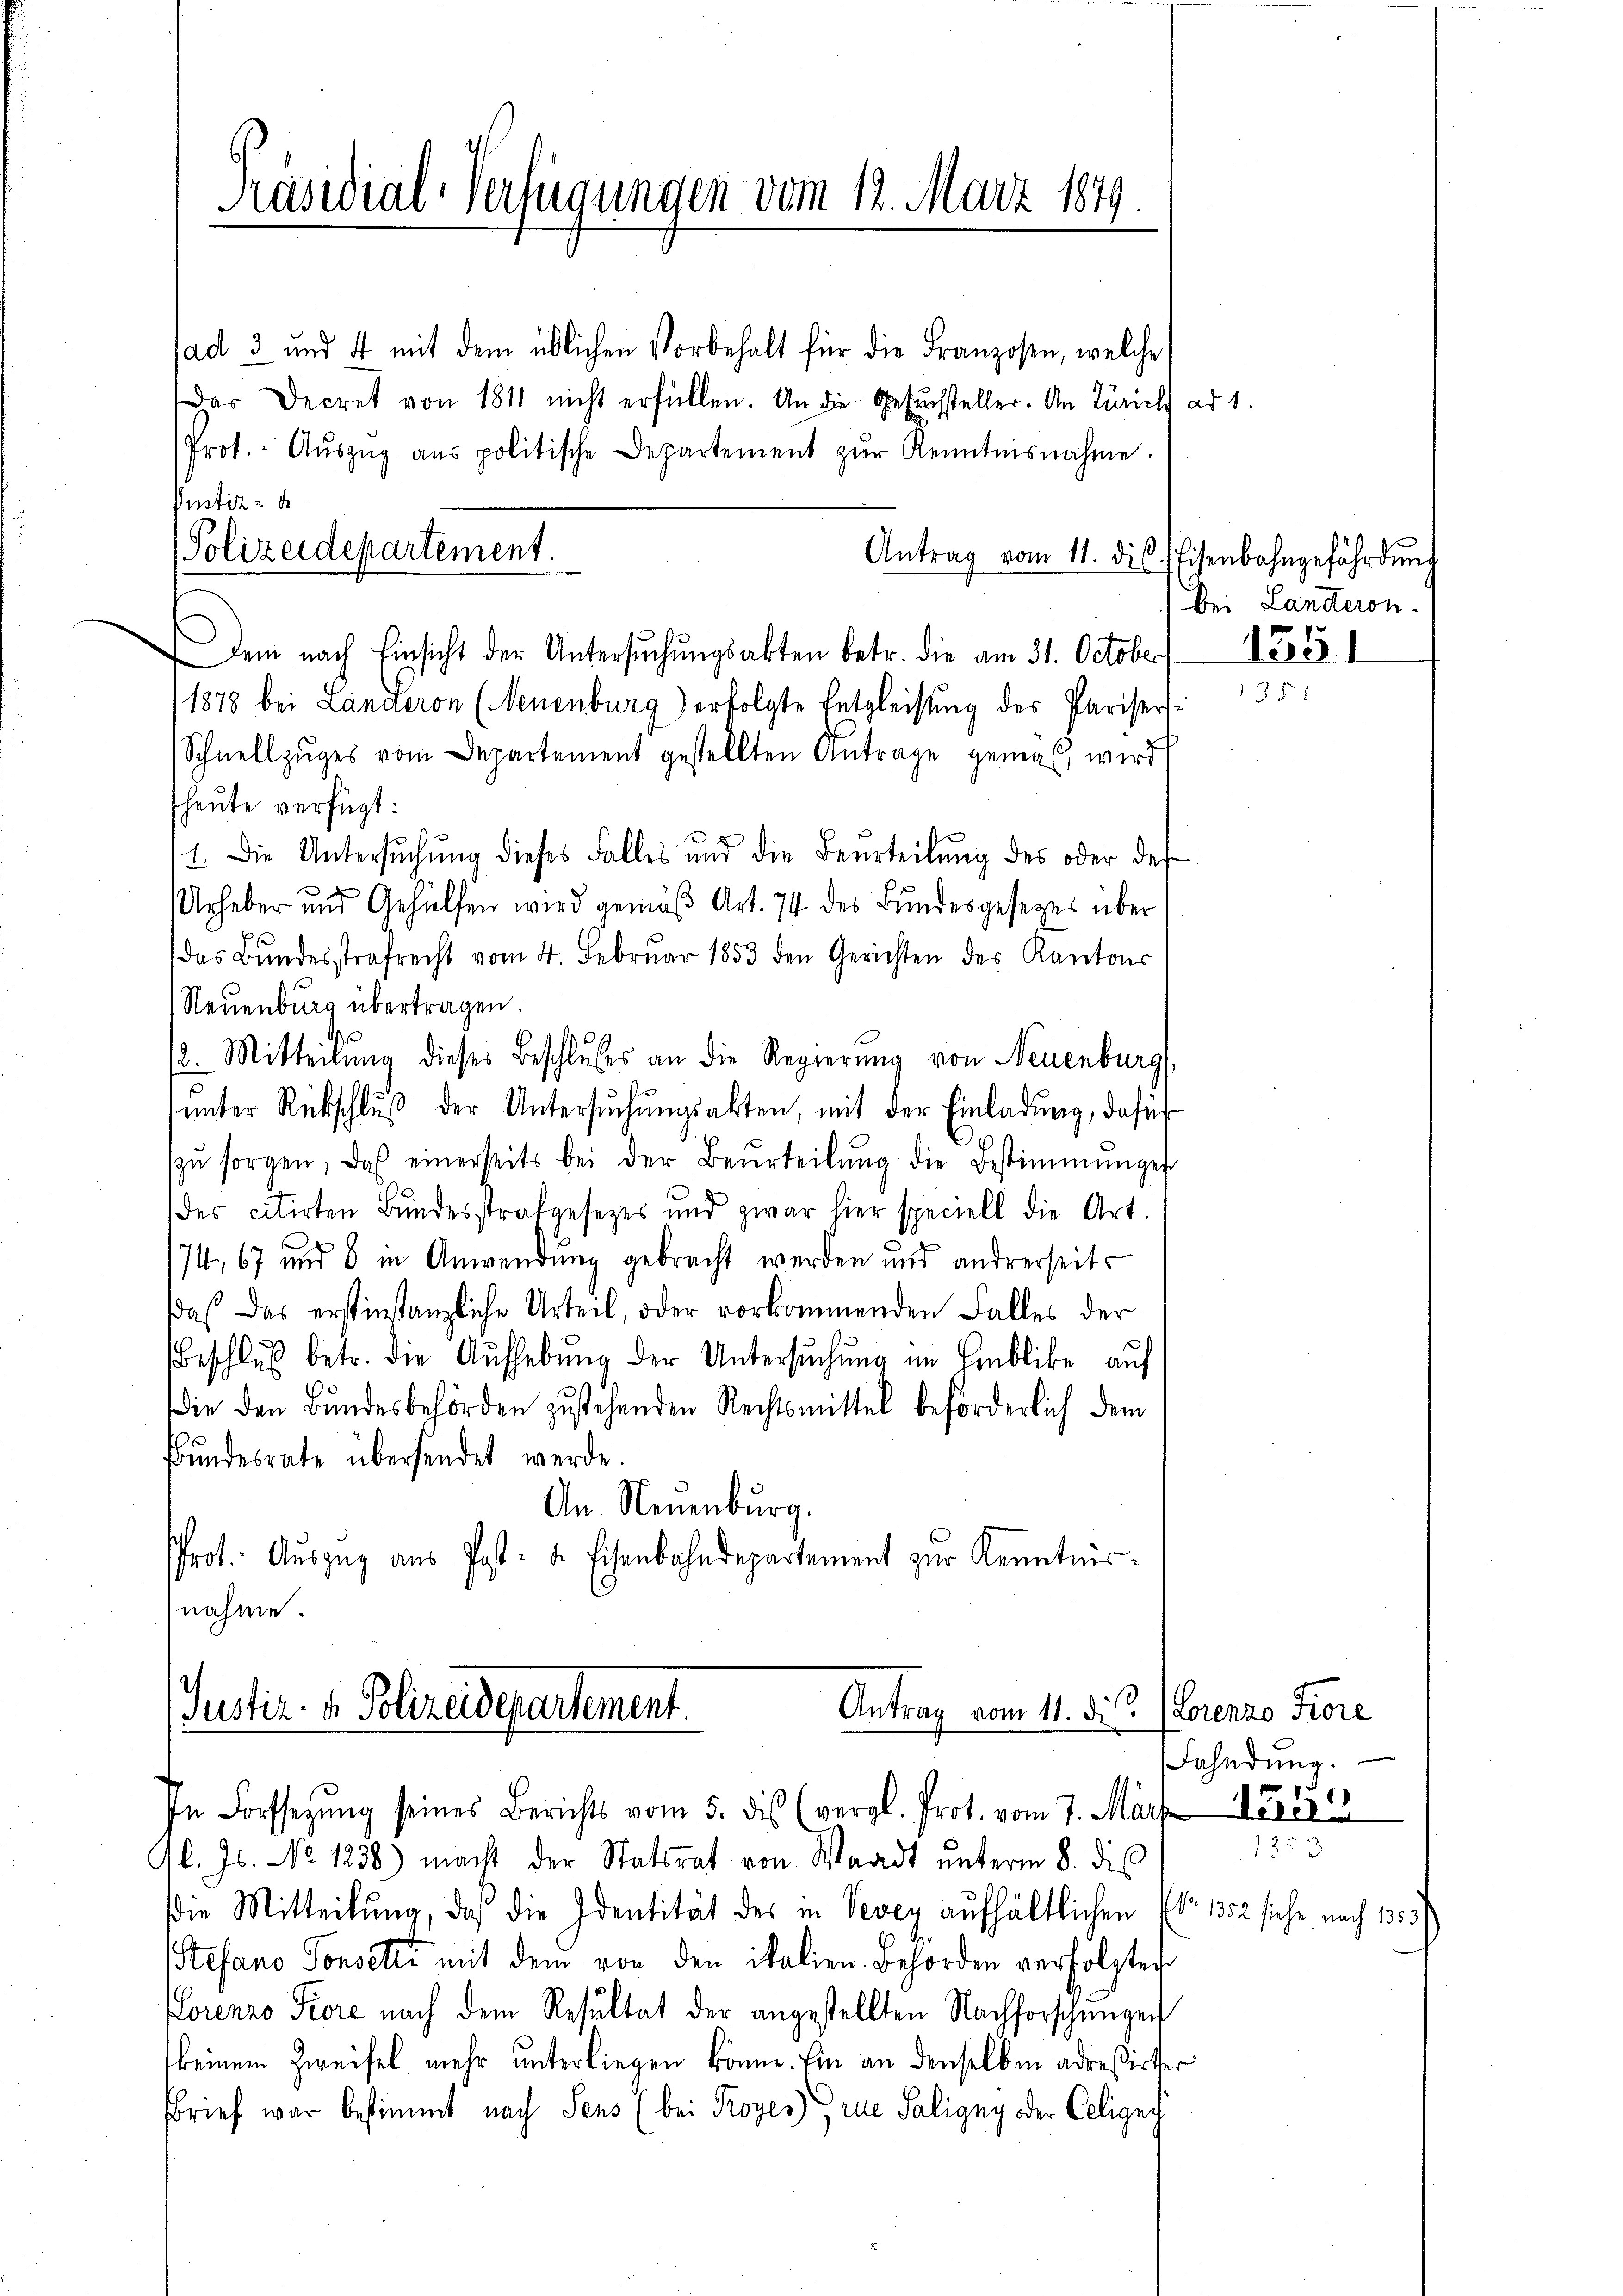
Präsidial-Verfügungen vom 12. März 1879

Justiz de
Polizeidepartement.

sad 3 und 4 mit dem üblichen Vorbehalt für die Franzosen, welche
dar Decret von 1811 nicht erfüllen. An die Gesŭchsteller. An Zürich ad 1.
Prot. - Aŭszŭg aŭs politische Departement zŭr Kenntnisnahme.
Antrag vom 11. dis. Eisenbahngefährdung
Dem nach Einsicht der Untersŭchŭngsakten betr. die am 31. October
1878 bei Landeron (Neuenburg) erfolgte Entgleisung des Parisers¬
Schnellzuges vom Departement gestellten Antrage gemas, wird
heute verfügt:
1. Die Untersŭchŭng dieses Falles und die Beurteilŭng des oder der
Urheber und Gehülfen wird gemäβ Art. 74 des Bundesgesetzes über
(das Bundesstrafrecht vom 4. Februar 1853 den Gerichten des Kantons
Neuenburg übertragen.
12. Mitteilung dieses Beschlusses an die Regierung von Neuenburg,
ŭnter Rückschlŭβ der Untersŭchŭngsakten, mit der Einladung, dafür
zŭ sorgen, das einerseits bei der Beurteilŭng die Bestimmunges
des citirten Bundesstrafgesetzes und zwar hier speciell die Art.
74, 67 und 8 in Anwendung gebracht werden und andererseits
das das erstinstanzliche Urteil, oder vorkommenden Falles der
Beschlus betr. die Aufhebung der Untersuchung im Emblicke auf
die den Bundesbehörden zustehenden Rechtsmittel beförderlich dem
Bundesrate übersendet werde.
An Neuenburg.
Prot. Aŭszŭg aŭs Post- u. Eisenbahndepartement zur Kenntnis-
nahme

Justiz- u. Polizeidepartement.
Antrag vom 11. d. s. Lorenzo Fiore
In Forssezung seines Berichts vom 5. des (vergl. Prot. vom 7. März

Gl. Js. No 1238) macht der Statsrat von Waadt unterm 8. die
die Mitteilŭng, daß die Identität des in Vevey aufhältlichen
Stefano Consetze mit dem von den italien. Behörden verfolgter
Lorenzo Fiore nach dem Resultat der angestellten Nachforschungen
keinem Zweifel mehr unterliegen könne. Ein an denselben adreßirter
Brief war bestimmt nach Sens (bei Prozes) eue Saligny oder Celigech

Bei Landeron

1351

Fahndŭng.

1549

No 1352 siehe nach 1353